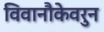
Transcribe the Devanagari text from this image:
विवानौकेवरुन